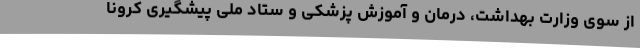
از سوی وزارت بهداشت، درمان و آموزش پزشکی و ستاد ملی پیشگیری کرونا